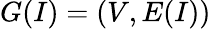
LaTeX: G(I)=(V,E(I))